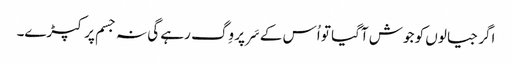
اگر جیالوں کو جوش آگیا تو اُس کے سَر پر وِگ رہے گی نہ جسم پر کپڑے۔